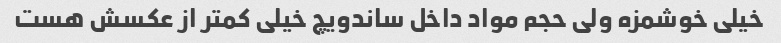
خیلی خوشمزه ولی حجم مواد داخل ساندویچ خیلی کمتر از عکسش هست